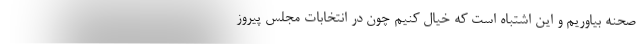
صحنه بیاوریم و این اشتباه است که خیال کنیم چون در انتخابات مجلس پیروز